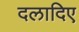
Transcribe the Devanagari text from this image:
दलादिए